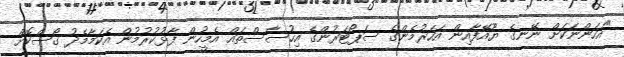
"އަހަންނަކަށް ނޭނގެ ޔޫއޭފާއިން އަހަރުމެންގެ ސަޕޯޓަރުންގެ އިހުސާސްތައް އެމީހުން ފާޅުކުރުމުން އެކަމާމެދު ގޯސްކޮށް